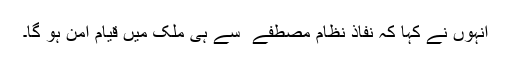
انہوں نے کہا کہ نفاذ نظام مصطفےٰ ۖ سے ہی ملک میں قیام امن ہو گا۔